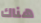
هناك